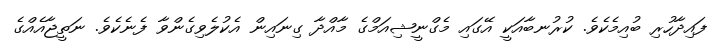
ފައިދާހުރި ބުއިމެކެވެ. ކުރުނބާއަކީ އޭގައި މެގްނީޝިއަމްގެ މާއްދާ ގިނައިން އެކުލެވިގެންވާ ފެނެކެވެ. ނަތީޖާއެއްގެ